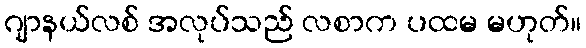
ဂျာနယ်လစ် အလုပ်သည် လစာက ပထမ မဟုတ်။